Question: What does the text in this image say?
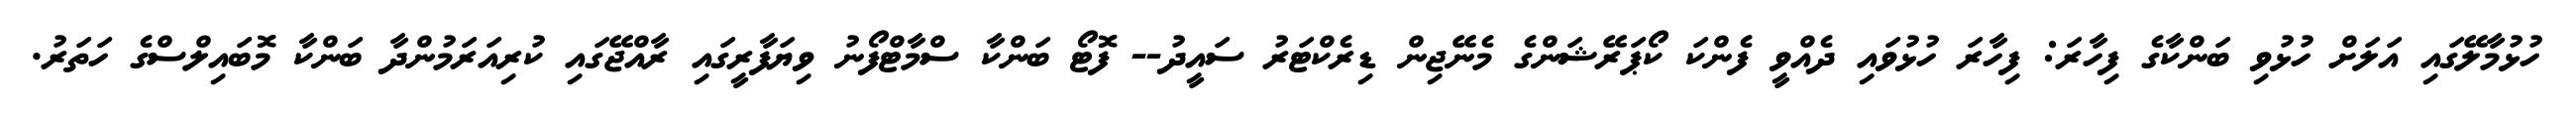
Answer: ހުޅުމާލޭގައި އަލަށް ހުޅުވި ބަންކާގެ ފިހާރަ: ފިހާރަ ހުޅުވައި ދެއްވީ ފެންކަ ކޯޕަރޭޝަންގެ މެނޭޖިން ޑިރެކްޓަރު ސައީދު-- ފޮޓޯ ބަންކާ ސްމާޓްފޯނު ވިޔަފާރީގައި ރާއްޖޭގައި ކުރިއަރަމުންދާ ބަންކާ މޮބައިލްސްގެ ހަތަރު.